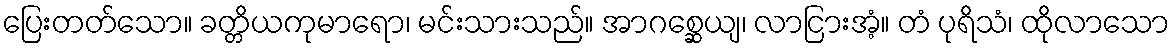
ပြေးတတ်သော။ ခတ္တိယကုမာရော၊ မင်းသားသည်။ အာဂစ္ဆေယျ၊ လာငြားအံ့။ တံ ပုရိသံ၊ ထိုလာသော